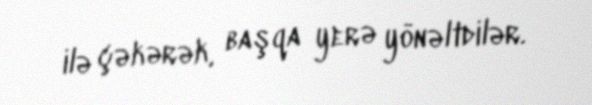
ilə çəkərək, başqa yerə yönəltdilər.